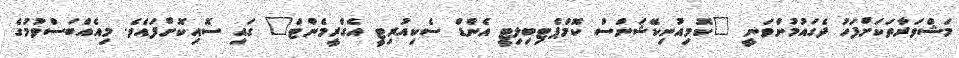
މަޝްވަރާތަކަށްފަހު ދެގައުމުންވަނީ "ކޮމިއުނިކޭޝަންސް ކޮމްޕެޓިބިލިޓީ އެންޑް ސެކިއުރިޓީ އެގްރީމެންޓް" ގައި ސޮއިކޮށްފައެވެ. މިއެއްބަސްވުމުގެ